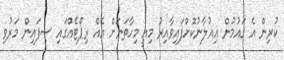
ކުރިން އެ ގައުމުން އިއުލާނުކޮށްފައިވާއިރު މިއީ މިހާތަނަށް އެއް ރިޕޯޓެއްގައި ސިފައިން މަރުވި